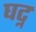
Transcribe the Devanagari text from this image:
घट्न